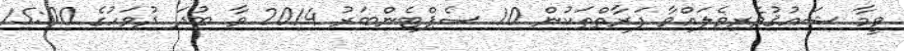
ވީމާ ޝައުޤުވެރިވެލައްވާ ފަރާތްތަކުން 10 ސެޕްޓެންބަރު 2014 ވާ ބުދަ ދުވަހުގެ 15:00